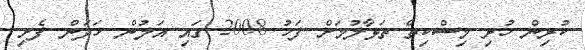
ކުރިން ހުރި މިސްކިތް ތަޅާލުމަށް ފަހު 2008 ގައި އަލުން ހަދަން ފެށި